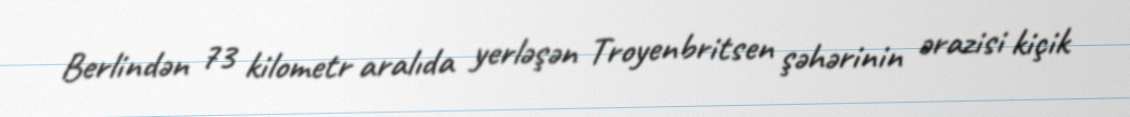
Berlindən 73 kilometr aralıda yerləşən Troyenbritsen şəhərinin ərazisi kiçik